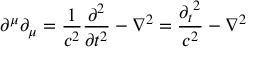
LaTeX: \partial ^ { \mu } \partial _ { \mu } = { \frac { 1 } { c ^ { 2 } } } { \frac { \partial ^ { 2 } } { \partial t ^ { 2 } } } - \nabla ^ { 2 } = { \frac { { \partial _ { t } } ^ { 2 } } { c ^ { 2 } } } - \nabla ^ { 2 }